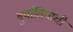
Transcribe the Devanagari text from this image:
बुर्यातियाची